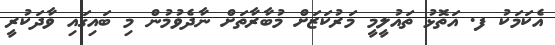
އެކަމަކު ފ. އަތޮޅު ތައުލީމީ މަރުކަޒަށް މުބާރާތަށް ނާދެވުމުން މި ބައިގައި ވާދަކުރީ